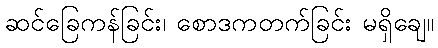
ဆင်ခြေကန်ခြင်း၊ စောဒကတက်ခြင်း မရှိချေ။